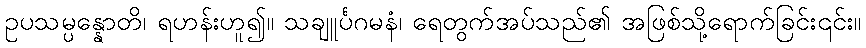
ဥပသမ္ပန္နောတိ၊ ရဟန်းဟူ၍။ သချူင်္ပဂမနံ၊ ရေတွက်အပ်သည်၏ အဖြစ်သို့ရောက်ခြင်း၎င်း။